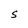
Character: S